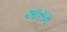
આસમ